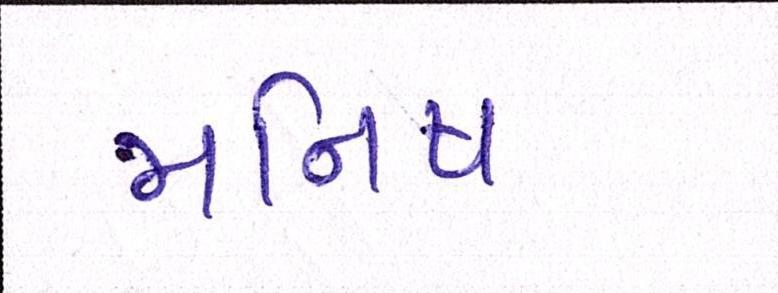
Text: મનિષ